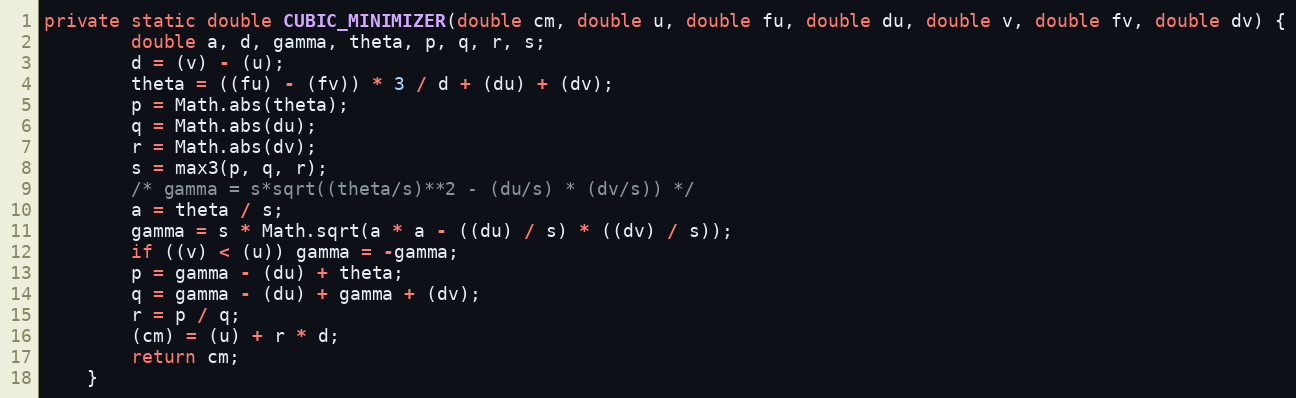
Language: Java
private static double CUBIC_MINIMIZER(double cm, double u, double fu, double du, double v, double fv, double dv) {
        double a, d, gamma, theta, p, q, r, s;
        d = (v) - (u);
        theta = ((fu) - (fv)) * 3 / d + (du) + (dv);
        p = Math.abs(theta);
        q = Math.abs(du);
        r = Math.abs(dv);
        s = max3(p, q, r);
        /* gamma = s*sqrt((theta/s)**2 - (du/s) * (dv/s)) */
        a = theta / s;
        gamma = s * Math.sqrt(a * a - ((du) / s) * ((dv) / s));
        if ((v) < (u)) gamma = -gamma;
        p = gamma - (du) + theta;
        q = gamma - (du) + gamma + (dv);
        r = p / q;
        (cm) = (u) + r * d;
        return cm;
    }